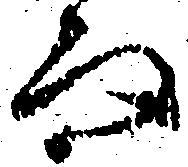
而